NAE_ERA_R-2362_Emakeele_Selts, lk 16
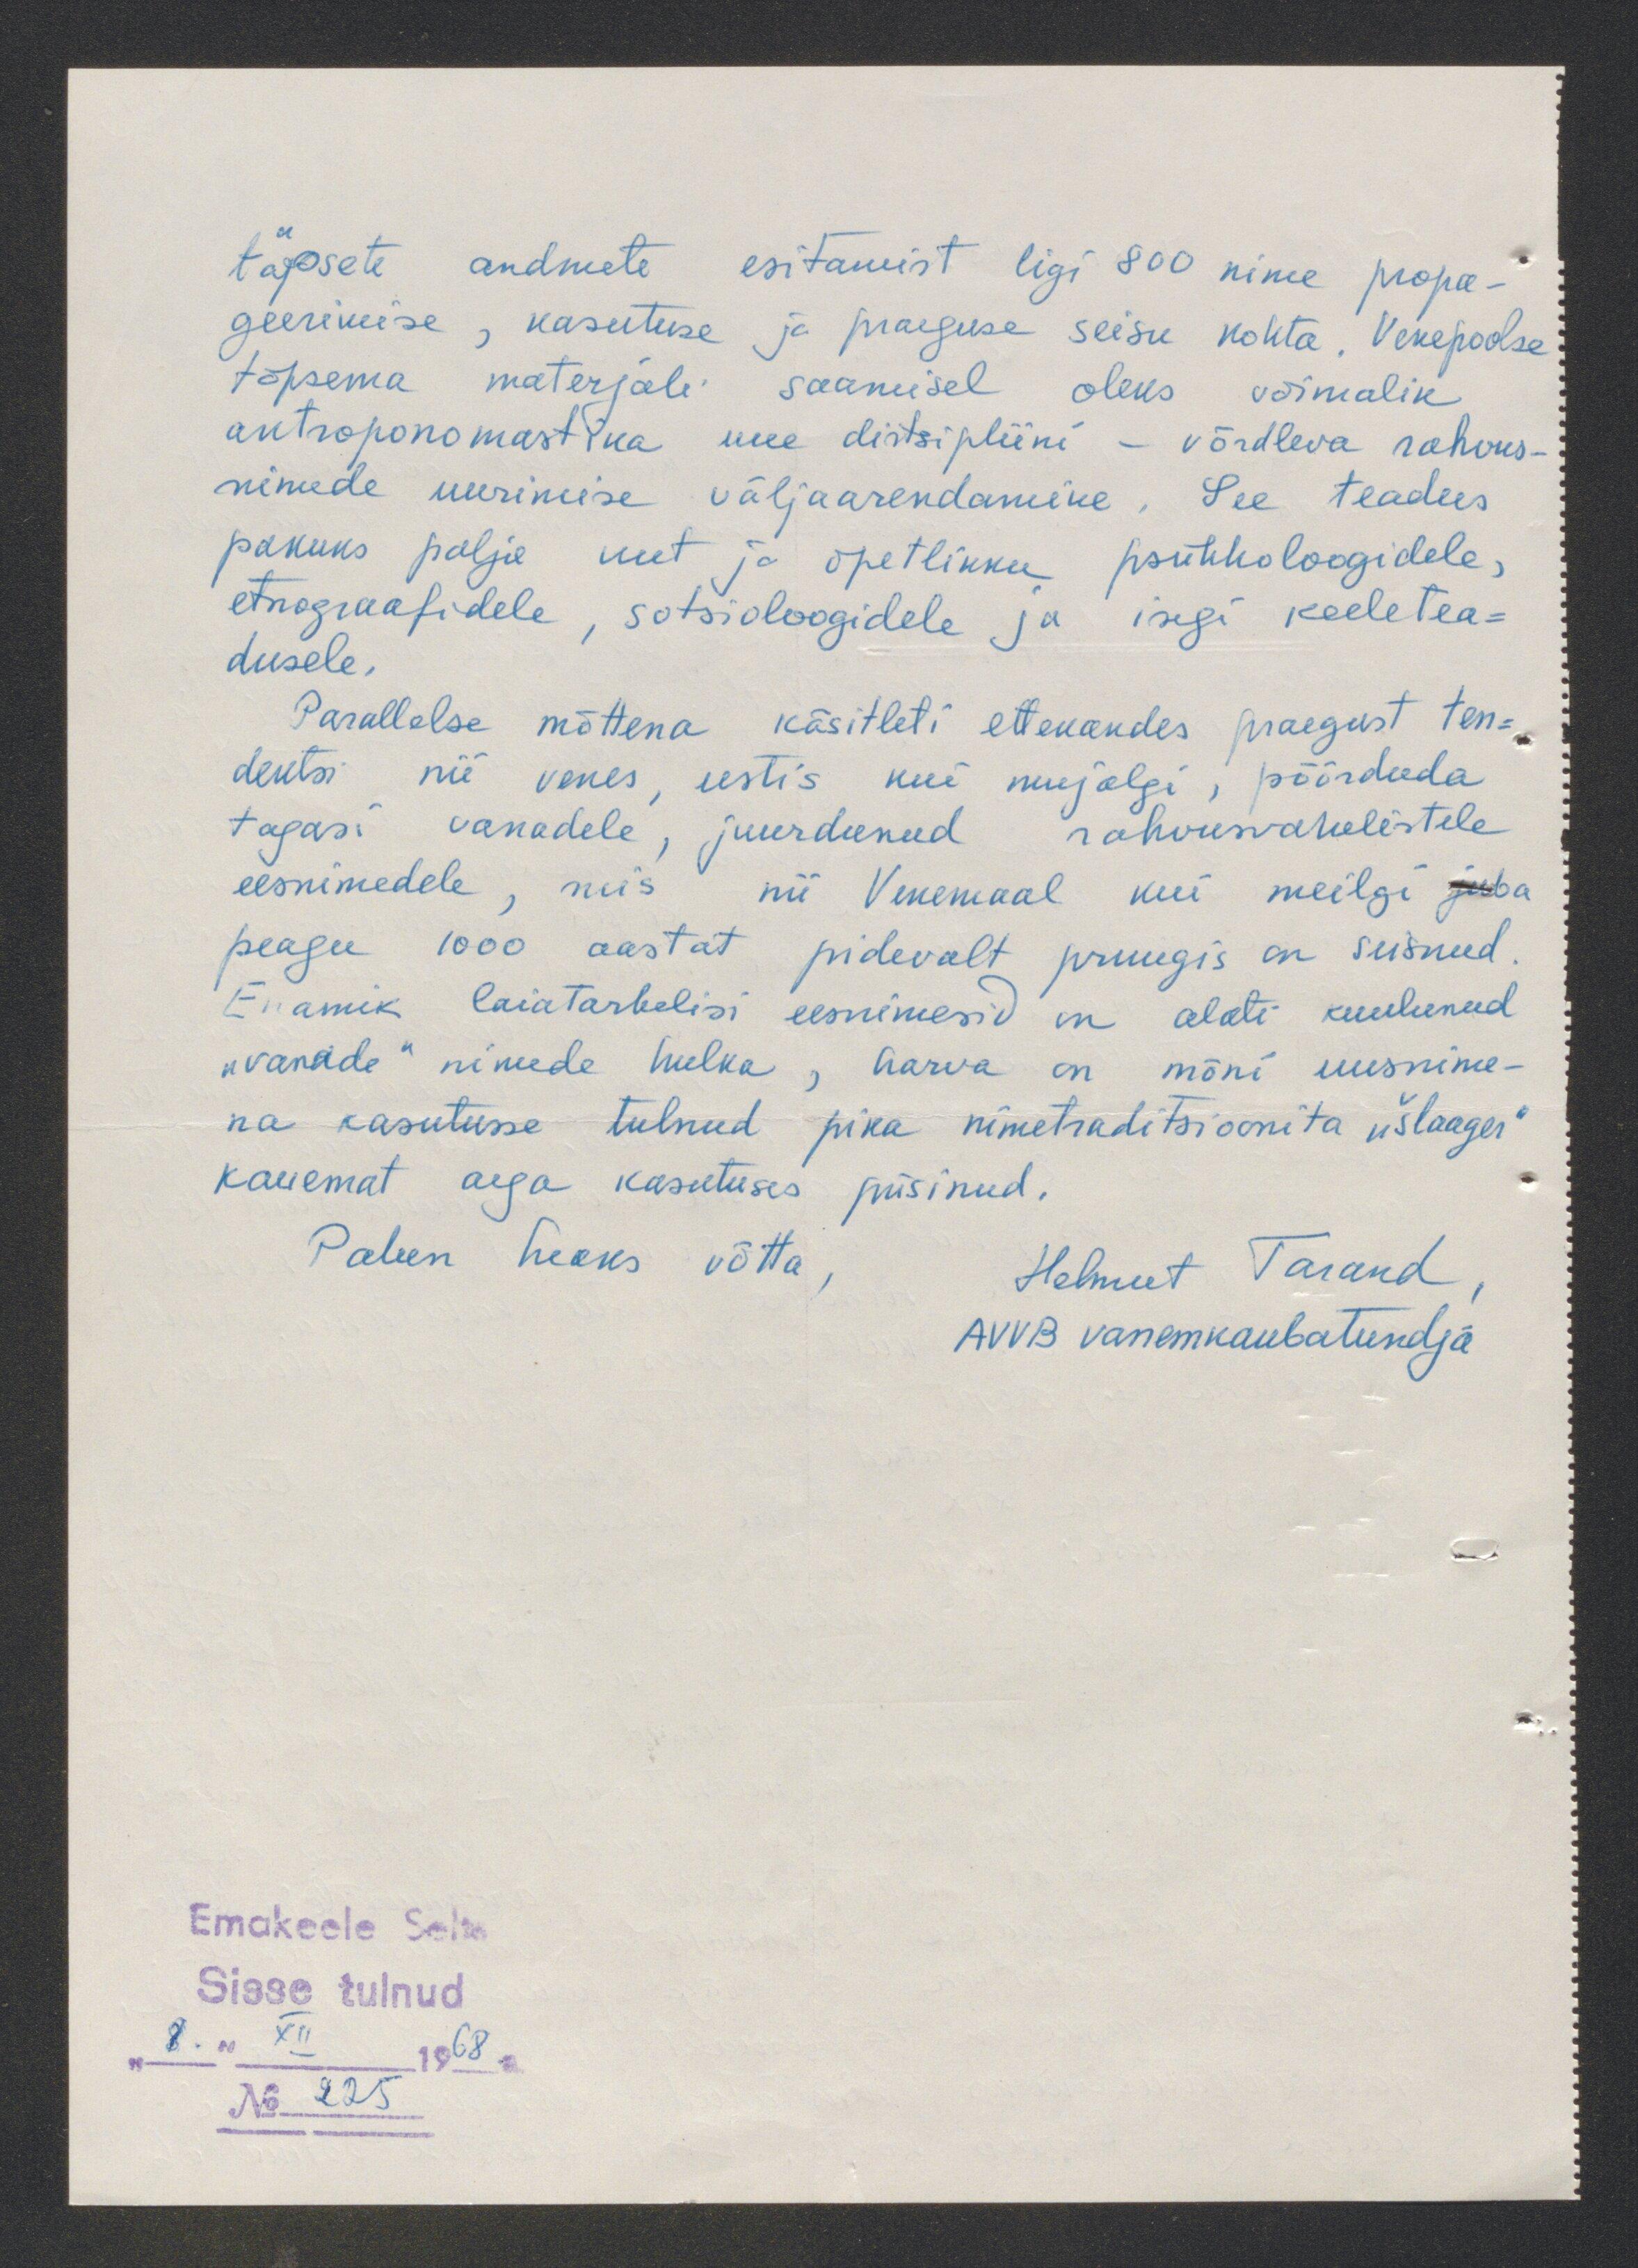
täpsete andmete esitamist ligi 800 nime propa-
geerimise, kasutuse ja praeguse seisu kohta. Venepoolse
täpsema materjali saamisel oleks võimalik
antroponomastika uue distsipliini - võrdleva rahvus-
nimede uurimise väljaarendamine. See teadus
pakuks palju uut ja õpetlikku psühholoogidele,
etnograafidele, sotsioloogidele ja isegi keeletea-
dusele.
Parallelse mõttena käsitleti ettekandes praegust ten-
dentsi nii venes, eestis kui mujalgi, pöörduda
tagasi vanadele, juurdunud rahvusvahelistele
eesnimedele, mis nii Venemaal kui meilgi juba
peagu 1000 aastat pidevalt pruugis on seisnud.
Enamik laiatarbelisi eesmimesid on alati kuulunud
"vanade" nimede hulka, harva on mõni uusnime-
na kasutusse tulnud pika nimetraditsioonita "šlaager"
kauemat aega kasutuses püsinud.
Palun heaks võtta,
Helmut Tarand.
AVVB vanemkaubatundja

Emakeele Selts
Sisse tulnud
"8 " XII -1968 a.
No 225